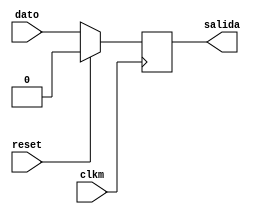
`timescale 1ns / 1ps
//////////////////////////////////////////////////////////////////////////////////
// Company: 
// Engineer: 
// 
// Design Name: 
// Module Name:    FF_D 
// Project Name: 
// Target Devices: 
// Tool versions: 
// Description: 
//
// Dependencies: 
//
// Revision: 
// Revision 0.01 - File Created
// Additional Comments: 
//
//////////////////////////////////////////////////////////////////////////////////
module FF_D(
    input wire clkm,reset, 
    input wire dato,
    output wire salida
    );
	 
 reg interno;
 
   always @(posedge clkm)
      if (reset) begin
         interno <= 1'b0;
      end else begin
         interno <= dato;
      end

assign salida=interno;
endmodule